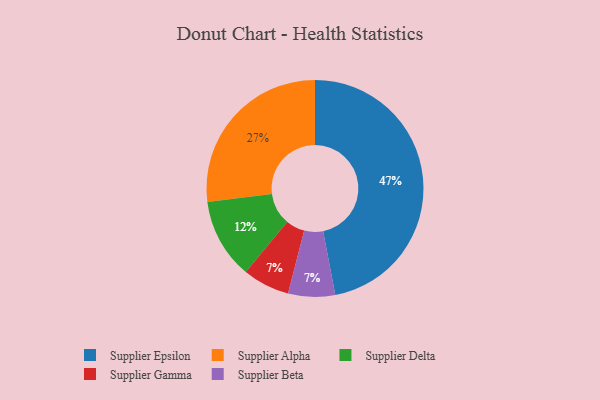
{"axis": {"x": "Category", "y": "Percentage"}, "legend": ["Supplier Alpha", "Supplier Beta", "Supplier Delta", "Supplier Epsilon", "Supplier Gamma"], "data": [{"x": "Supplier Gamma", "y": 7, "type": "Supplier Gamma"}, {"x": "Supplier Delta", "y": 12, "type": "Supplier Delta"}, {"x": "Supplier Alpha", "y": 27, "type": "Supplier Alpha"}, {"x": "Supplier Beta", "y": 7, "type": "Supplier Beta"}, {"x": "Supplier Epsilon", "y": 47, "type": "Supplier Epsilon"}]}